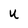
Character: U